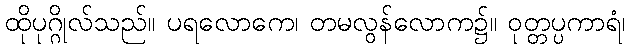
ထိုပုဂ္ဂိုလ်သည်။ ပရလောကေ၊ တမလွန်လောက၌။ ဝုတ္တပ္ပကာရံ၊